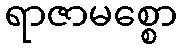
ရာဇာမစ္စော